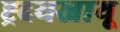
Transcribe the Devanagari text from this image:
ह्र्दयस्नायू